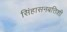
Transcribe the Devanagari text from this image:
सिंहासनबत्तिशी